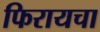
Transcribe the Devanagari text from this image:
फिरायचा